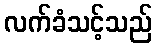
လက်ခံသင့်သည်